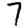
Digit: 7